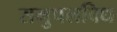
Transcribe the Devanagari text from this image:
समुपलबिध